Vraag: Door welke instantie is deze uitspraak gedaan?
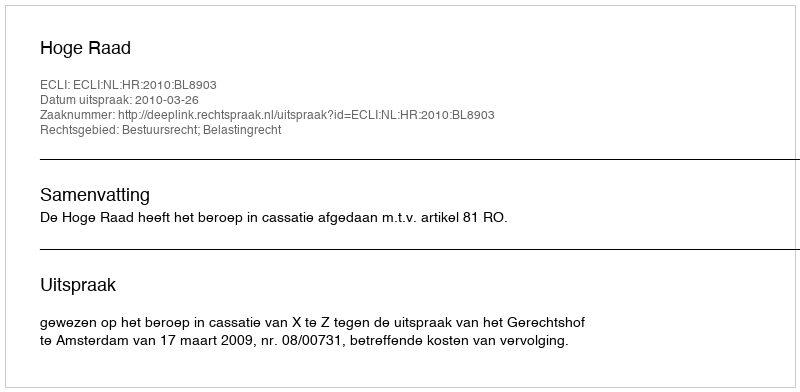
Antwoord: Hoge Raad